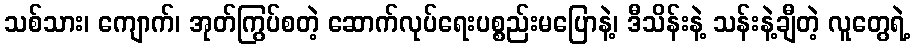
သစ်သား၊ ကျောက်၊ အုတ်ကြွပ်စတဲ့ ဆောက်လုပ်ရေးပစ္စည်းမပြောနဲ့၊ ဒီသိန်းနဲ့ သန်းနဲ့ချီတဲ့ လူတွေရဲ့